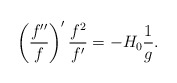
\begin{align*}\left( \frac{f^{\prime \prime }}{f}\right) ^{\prime }\frac{f^{2}}{f^{\prime }}=-H_{0}\frac{1}{g}. \end{align*}